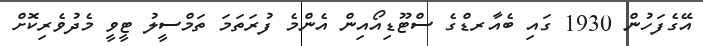
އޭގެފަހުން 1930 ގައި ބެއާރޑްގެ ސްޓޫޑިއޯއިން އެންމެ ފުރަތަމަ ތަމްސީލު ޓީވީ މެދުވެރިކޮށް